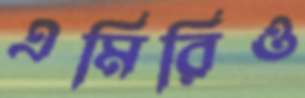
এমিরিও